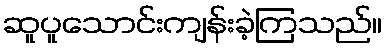
ဆူပူသောင်းကျန်းခဲ့ကြသည်။